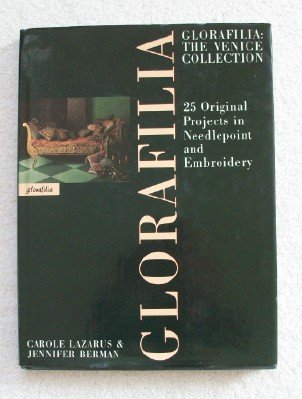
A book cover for Glorafilia: The Venice Collection: 25 Original Projects in Needlepoint and Embroidery; Jennifer Berman; Crafts, Hobbies & Home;